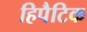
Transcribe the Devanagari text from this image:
हिपैटिक